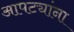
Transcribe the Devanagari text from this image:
आपट्यांना